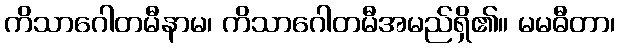
ကိသာဂေါတမီနာမ၊ ကိသာဂေါတမီအမည်ရှိ၏။ မမဓီတာ၊